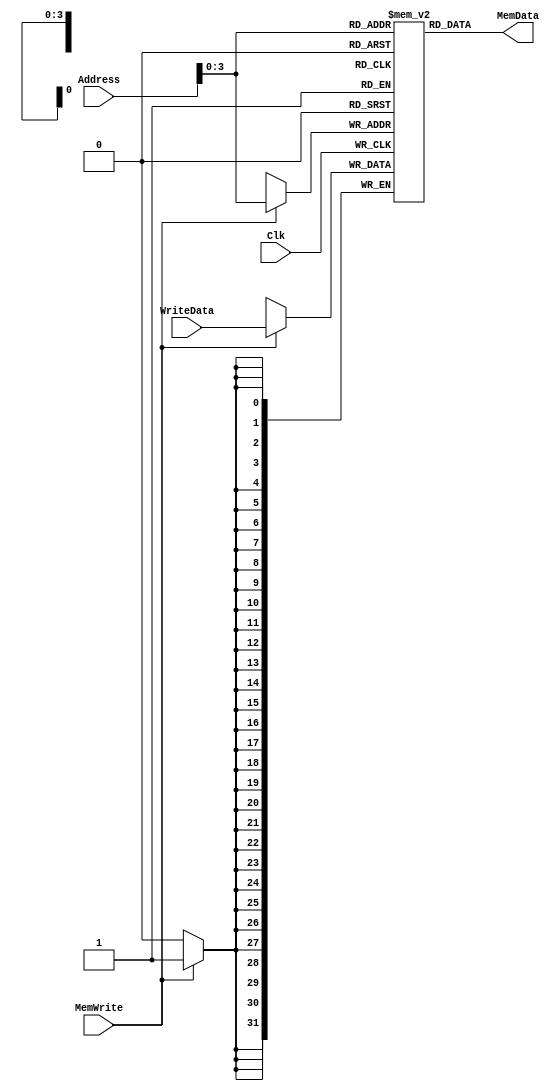
// DMEM

module DMEM(WriteData,   // Input data into the memory
            MemData,     // Output data from the memory
            Address,     // Address of data to be read/written
            MemWrite,    // When high, causes write to take place on posedge
            Clk);        // Clock

parameter ADDRESS_WIDTH = 16;
parameter DATA_WIDTH = 32;

//-------------Input Ports-----------------------------
input [DATA_WIDTH-1:0]       WriteData;
input [ADDRESS_WIDTH-1:0]    Address;
input MemWrite;
input Clk;
//-------------Output Ports----------------------------
output [DATA_WIDTH-1:0] MemData;
//-------------Wires-----------------------------------
//-------------Other-----------------------------------
reg [DATA_WIDTH-1:0] mem_contents [ADDRESS_WIDTH-1:0];
integer i;
//------------Code Starts Here-------------------------

assign MemData= mem_contents[Address];

always @(posedge Clk)
begin
    if(MemWrite)
    begin
        mem_contents[Address]<= #5 WriteData;
    end
end

endmodule